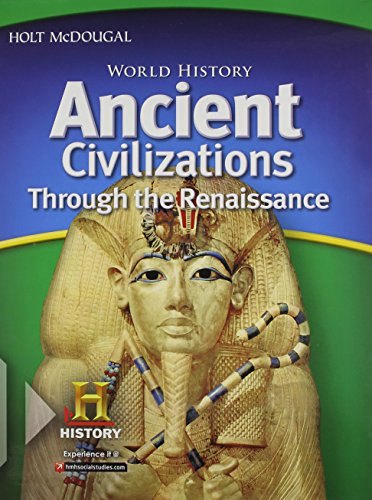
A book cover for World History: Student Edition Ancient Civilizations Through the Renaissance 2012; HOLT MCDOUGAL; Teen & Young Adult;